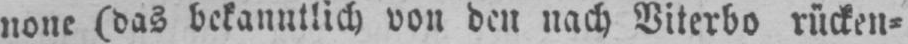
none (das bekanntlich von den nach Viterbo rücken⸗